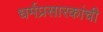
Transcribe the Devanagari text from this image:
धर्मप्रसारकांची